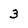
Character: 3